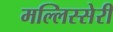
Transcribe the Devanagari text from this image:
मल्लिस्सेरी